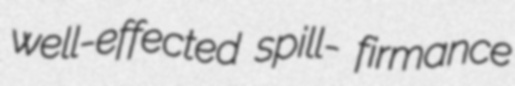
well-effected spill- firmance